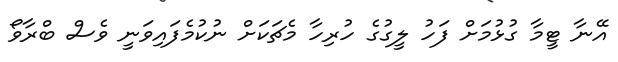
އޭނާ ޓީމާ ގުޅުމަށް ފަހު ލީގުގެ ހުރިހާ މެޗަކަށް ނުކުމެފައިވަނީ ވެސް ބްރާވޯ